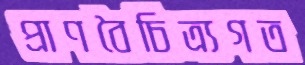
প্রাণবৈচিত্র্যগত